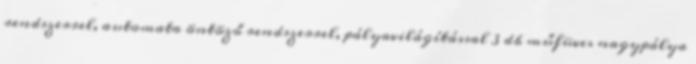
rendszerrel, automata öntöző rendszerrel, pályavilágítással 3 db műfüves nagypálya